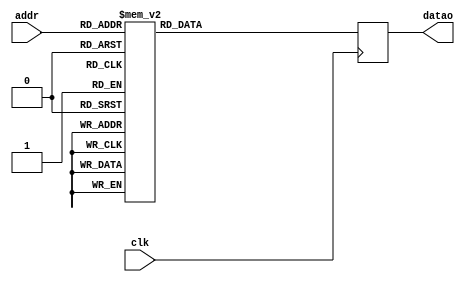
module ROME (
    addr,
    clk,
    datao
);


input [5:0] addr;
input clk;
output [13:0] datao;
reg [13:0] datao;






always @(posedge clk) begin: ROME_BEH_OUTPUT_ASSIGN
    case (addr)
        0: datao <= 0;
        1: datao <= 1448;
        2: datao <= 1448;
        3: datao <= 2896;
        4: datao <= 1448;
        5: datao <= 2896;
        6: datao <= 2896;
        7: datao <= 4344;
        8: datao <= 1448;
        9: datao <= 2896;
        10: datao <= 2896;
        11: datao <= 4344;
        12: datao <= 2896;
        13: datao <= 4344;
        14: datao <= 4344;
        15: datao <= 5792;
        16: datao <= 0;
        17: datao <= (-1892);
        18: datao <= (-784);
        19: datao <= (-2676);
        20: datao <= 784;
        21: datao <= (-1108);
        22: datao <= 0;
        23: datao <= (-1892);
        24: datao <= 1892;
        25: datao <= 0;
        26: datao <= 0;
        27: datao <= (-784);
        28: datao <= 2676;
        29: datao <= 784;
        30: datao <= 1892;
        31: datao <= 0;
        32: datao <= 0;
        33: datao <= 1448;
        34: datao <= (-1448);
        35: datao <= 0;
        36: datao <= (-1448);
        37: datao <= 0;
        38: datao <= (-2896);
        39: datao <= (-1448);
        40: datao <= 1448;
        41: datao <= 2896;
        42: datao <= 0;
        43: datao <= 1448;
        44: datao <= 0;
        45: datao <= 1448;
        46: datao <= (-1448);
        47: datao <= 0;
        48: datao <= 0;
        49: datao <= (-784);
        50: datao <= 1892;
        51: datao <= 1108;
        52: datao <= (-1892);
        53: datao <= (-2676);
        54: datao <= 0;
        55: datao <= (-784);
        56: datao <= 784;
        57: datao <= 0;
        58: datao <= 2676;
        59: datao <= 1892;
        60: datao <= (-1108);
        61: datao <= (-1892);
        62: datao <= 1349;
        default: datao <= 0;
    endcase
end

endmodule